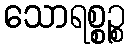
သောရစ္စဉ္စ